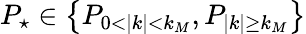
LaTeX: P_{\star}\in\big\{ P_{0<|k|<k_{M}},P_{|k|\geq k_{M}}\big\}